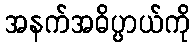
အနက်အဓိပ္ပာယ်ကို